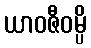
ယာဝဇီဝမ္ပိ